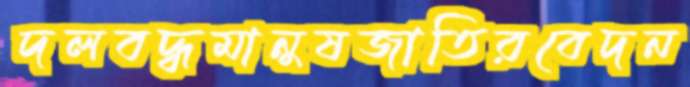
দলবদ্ধমানুষজাতিরবেদন